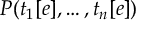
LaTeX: P ( t _ { 1 } [ e ] , \dots , t _ { n } [ e ] )